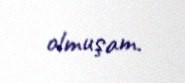
olmuşam.